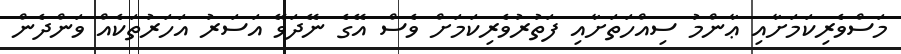
މަސްވެރިކަމަށާއި ޢާންމު ސިއްހަތަށާއި ފަތުރުވެރިކަމަށް ވެސް އޭގެ ނޭދަވޭ އަސަރު އަހަރުތަކެއް ވަންދެން